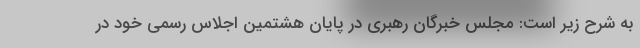
به شرح زیر است: مجلس خبرگان رهبری در پایان هشتمین اجلاس رسمی خود در